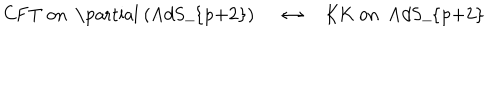
LaTeX: \mathrm { C F T ~ o n ~ \partial ~ ( A d S _ { p + 2 } ) ~ } \quad \leftrightarrow \quad \mathrm { K K ~ o n ~ A d S _ { p + 2 } ~ }